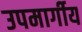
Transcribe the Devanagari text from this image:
उपमार्गीय